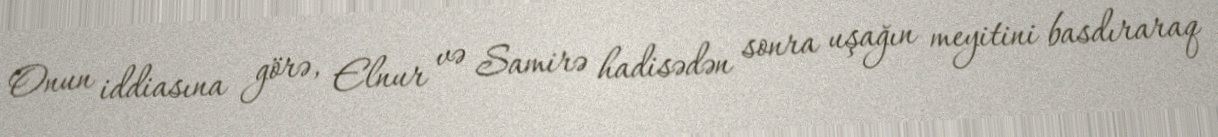
Onun iddiasına görə, Elnur və Samirə hadisədən sonra uşağın meyitini basdıraraq